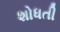
શોધતી